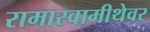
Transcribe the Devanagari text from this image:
रामास्वामीथेवर